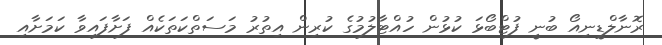
ރޮނާލްޑީނިއޯ ބުނީ ފުޓްބޯޅަ ކުޅުން ހުއްޓާލުމުގެ ކުރިން އިތުރު މަސަތްކަތަކެއް ފަށާފައިވާ ކަމަށާއި